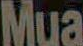
Mua